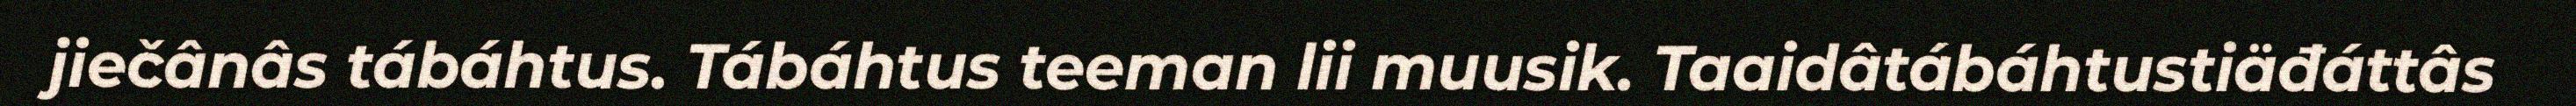
jiečânâs tábáhtus. Tábáhtus teeman lii muusik. Taaidâtábáhtustiäđáttâs